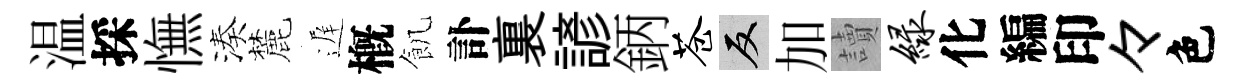
温採憮湊麓遅槪飢訃裏諺鈵苍反加讀绿化編印々色